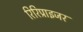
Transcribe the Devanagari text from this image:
रिरिप्राइजर